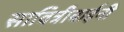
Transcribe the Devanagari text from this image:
सावित्रीबाईनी